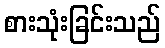
စားသုံးခြင်းသည်